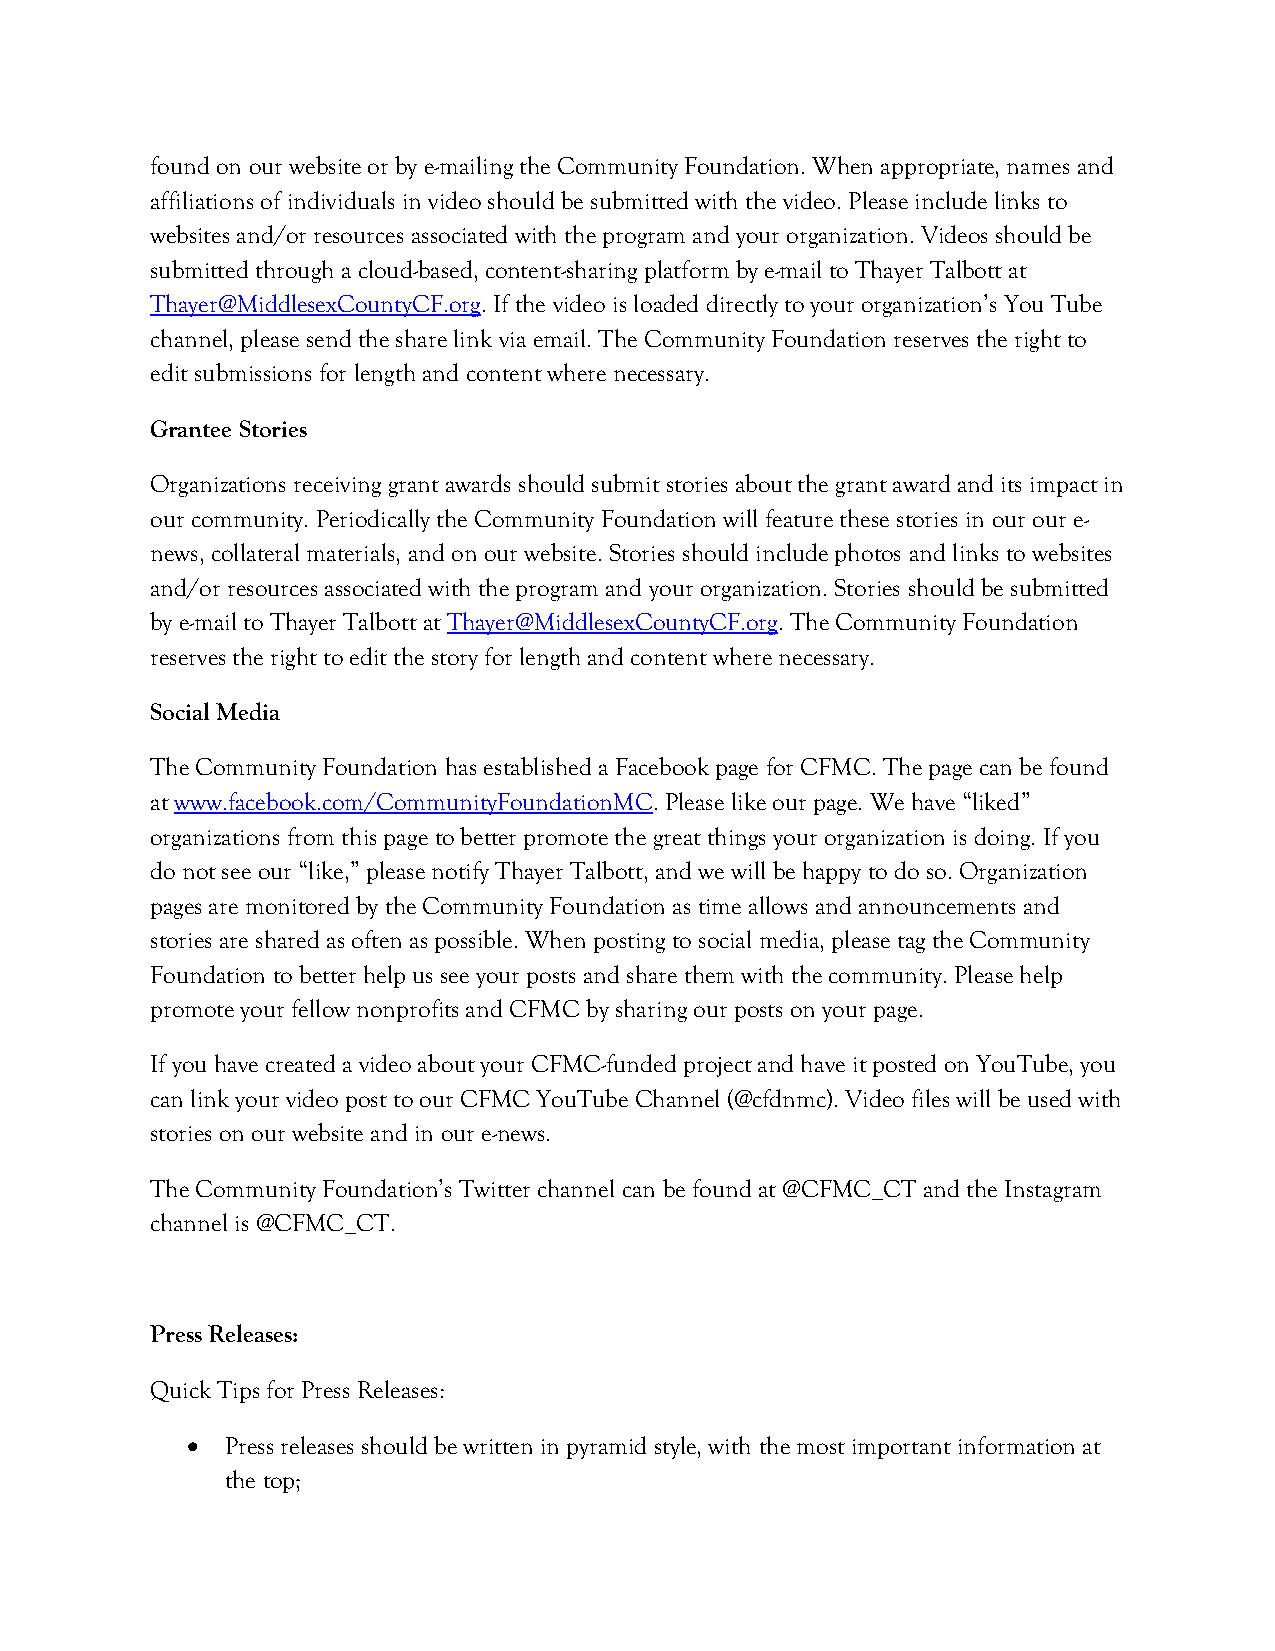
found on our website or by e-mailing the Community Foundation. When appropriate, names and
 affiliations of individuals in video should be submitted with the video. Please include links to
 websites and/or resources associated with the program and your organization. Videos should be
 submitted through a cloud-based, content-sharing platform by e-mail to Thayer Talbott at
 Thayer@MiddlesexCountyCF.org. If the video is loaded directly to your organization’s You Tube
 channel, please send the share link via email. The Community Foundation reserves the right to
 edit submissions for length and content where necessary.
 Grantee Stories
 Organizations receiving grant awards should submit stories about the grant award and its impact in
 our community. Periodically the Community Foundation will feature these stories in our our e-
 news, collateral materials, and on our website. Stories should include photos and links to websites
 and/or resources associated with the program and your organization. Stories should be submitted
 by e-mail to Thayer Talbott at Thayer@MiddlesexCountyCF.org. The Community Foundation
 reserves the right to edit the story for length and content where necessary.
 Social Media
 The Community Foundation has established a Facebook page for CFMC. The page can be found
 at www.facebook.com/CommunityFoundationMC. Please like our page. We have “liked”
 organizations from this page to better promote the great things your organization is doing. If you
 do not see our “like,” please notify Thayer Talbott, and we will be happy to do so. Organization
 pages are monitored by the Community Foundation as time allows and announcements and
 stories are shared as often as possible. When posting to social media, please tag the Community
 Foundation to better help us see your posts and share them with the community. Please help
 promote your fellow nonprofits and CFMC by sharing our posts on your page.
 If you have created a video about your CFMC-funded project and have it posted on YouTube, you
 can link your video post to our CFMC YouTube Channel (@cfdnmc). Video files will be used with
 stories on our website and in our e-news.
 The Community Foundation’s Twitter channel can be found at @CFMC_CT and the Instagram
 channel is @CFMC_CT.
 Press Releases:
 Quick Tips for Press Releases:
 •  Press releases should be written in pyramid style, with the most important information at
 the top;